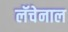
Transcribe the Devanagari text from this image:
लॅचेनाल